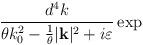
LaTeX: \begin{align*}\frac{d^{4}k}{\theta k^{2}_{0}-\frac{1}{\theta }|\mathbf{k}|^{2}+i\varepsilon }\exp\end{align*}